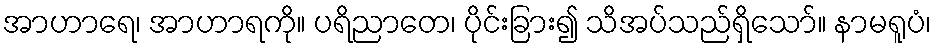
အာဟာရေ၊ အာဟာရကို။ ပရိညာတေ၊ ပိုင်းခြား၍ သိအပ်သည်ရှိသော်။ နာမရူပံ၊